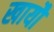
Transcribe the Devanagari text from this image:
खायौ